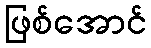
ဖြစ်အောင်